Annual report of the Punjab Veterinary College and of the Civil Veterinary Department, Punjab - 1926-1932
Year: 1926
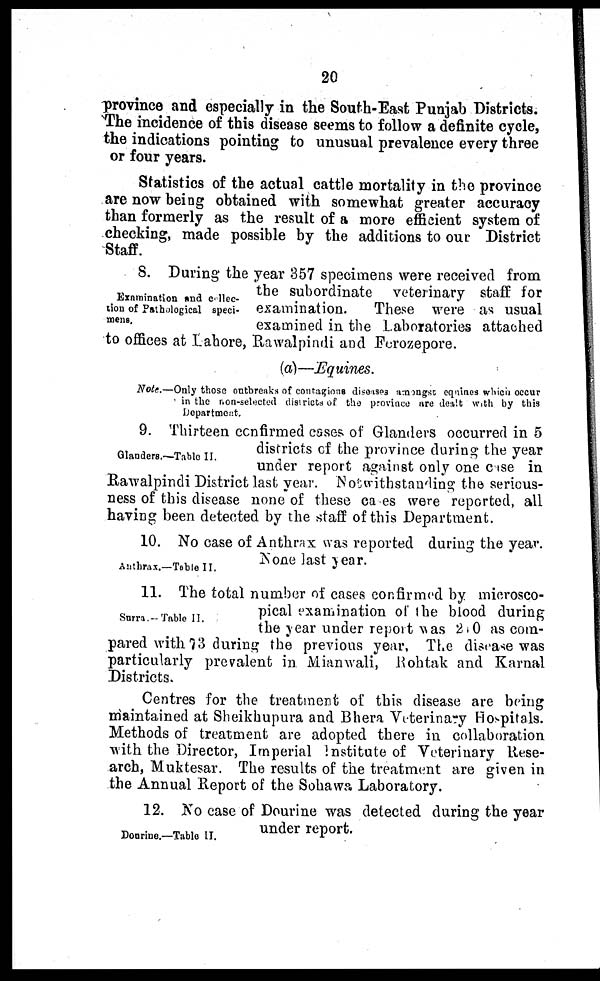
20
province and especially in the South-East Punjab Districts.
The incidence of this disease seems to follow a definite cycle,
the indications pointing to unusual prevalence every three
or four years.
Statistics of the actual cattle mortality in the province
are now being obtained with somewhat greater accuracy
than formerly as the result of a more efficient system of
checking, made possible by the additions to our District
Staff.
Examination and Collec-
tion of Pathological speci-
mens.
8. During the year 357 specimens were received from
the subordinate veterinary staff for
examination.
These were as usual
examined in the Laboratories attached
to offices at Lahore, Rawalpindi and Ferozepore.
(a)—Equines.
Note.—Only those outbreaks of contagious diseases amongst equines which occur
in the non-selected districts of the province are dealt with by this
Department.
Glanders.—Table II.
9. Thirteen confirmed cases, of Glanders occurred in 5
districts of the province during the year
under report against only one case in
Rawalpindi District last year. Notwithstanding the serious-
ness of this disease none of these ca es were reported, all
having been detected by the staff of this Department.
Anthrax.—Table II.
10. No case of Anthrax was reported during the year.
None last year.
Surra.-Table II.
11. The total number of cases confirmed by microsco-
pical examination of the blood during
the year under report was 2 0 as com-
pared with 73 during the previous year, The disease was
particularly prevalent in Mianwali, Rohtak and Karnal
Districts.
Centres for the treatment of this disease are being
maintained at Sheikhupura and Bhera Veterinary Hospitals.
Methods of treatment are adopted there in collaboration
with the Director, Imperial institute of Veterinary Rese-
arch, Muktesar. The results of the treatment are given in
the Annual Report of the Sohawa Laboratory.
Dourine.—Table II.
12. No case of Dourine was detected during the year
under report.